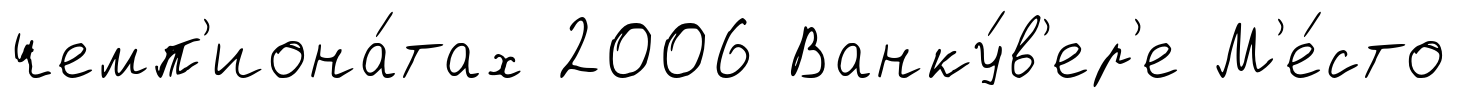
чемп'иона́тах 2006 Ванку́в'ер'е М'е́сто